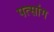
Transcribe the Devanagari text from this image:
पत्सांग